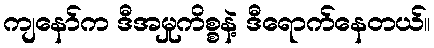
ကျနော်က ဒီအမှုကိစ္စနဲ့ ဒီရောက်နေတယ်။